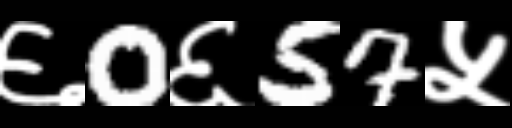
Text: ६0६57५